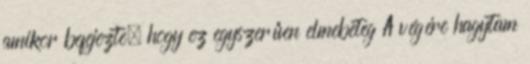
amikor befejezte, hogy ez egyszerűen elmebeteg A végére hagytam